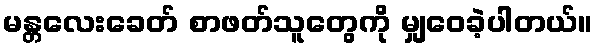
မန္တလေးခေတ် စာဖတ်သူတွေကို မျှဝေခဲ့ပါတယ်။